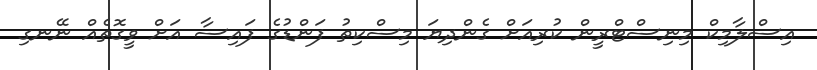
އިސްލާމިކް މިނިސްޓްރީން ކުރިއަށް ގެންދިޔަ މިސްކިތު ފަންޑުގެ ފައިސާ އަށް ވީގޮތެއް ނޭނގި